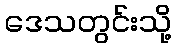
ဒေသတွင်းသို့